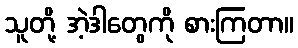
သူတို့ အဲ့ဒါတွေကို စားကြတာ။